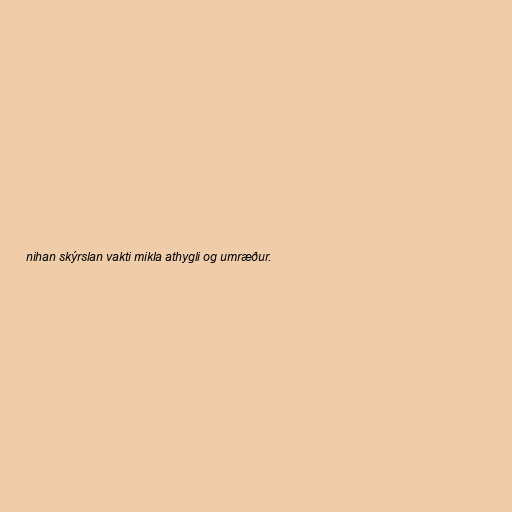
nihan skýrslan vakti mikla athygli og umræður.